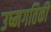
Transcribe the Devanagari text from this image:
उष्मगतिकी